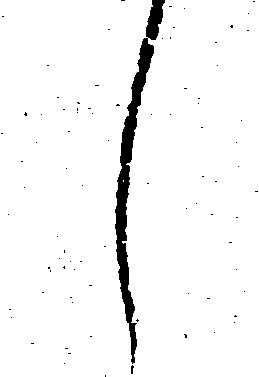
し